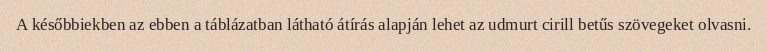
A későbbiekben az ebben a táblázatban látható átírás alapján lehet az udmurt cirill betűs szövegeket olvasni.